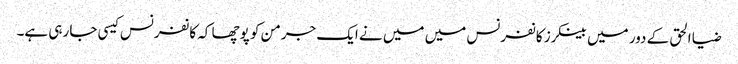
ضیا الحق کے دور میں بینکرز کانفرنس میں میں نے ایک جرمن کو پوچھا کہ کانفرنس کیسی جا رہی ہے۔